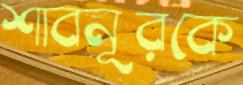
শাবনূরকে